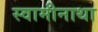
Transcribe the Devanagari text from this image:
स्वामीनाथा